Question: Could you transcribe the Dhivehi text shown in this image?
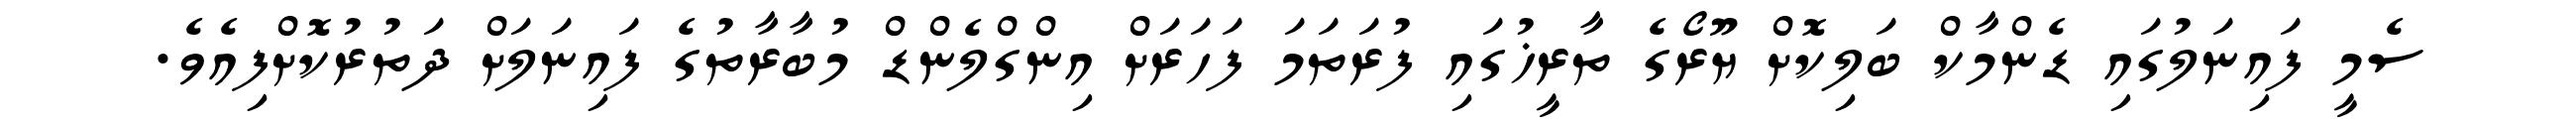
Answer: ސެމީ ފައިނަލުގައި ޑެންމާކް ބަލިކޮށް ޔޫރޯގެ ތާރީޚުގައި ފުރަތަމަ ފަހަރަށް އިންގްލެންޑް މުބާރާތުގެ ފައިނަލަށް ދަތުރުކޮށްފިއެވެ.